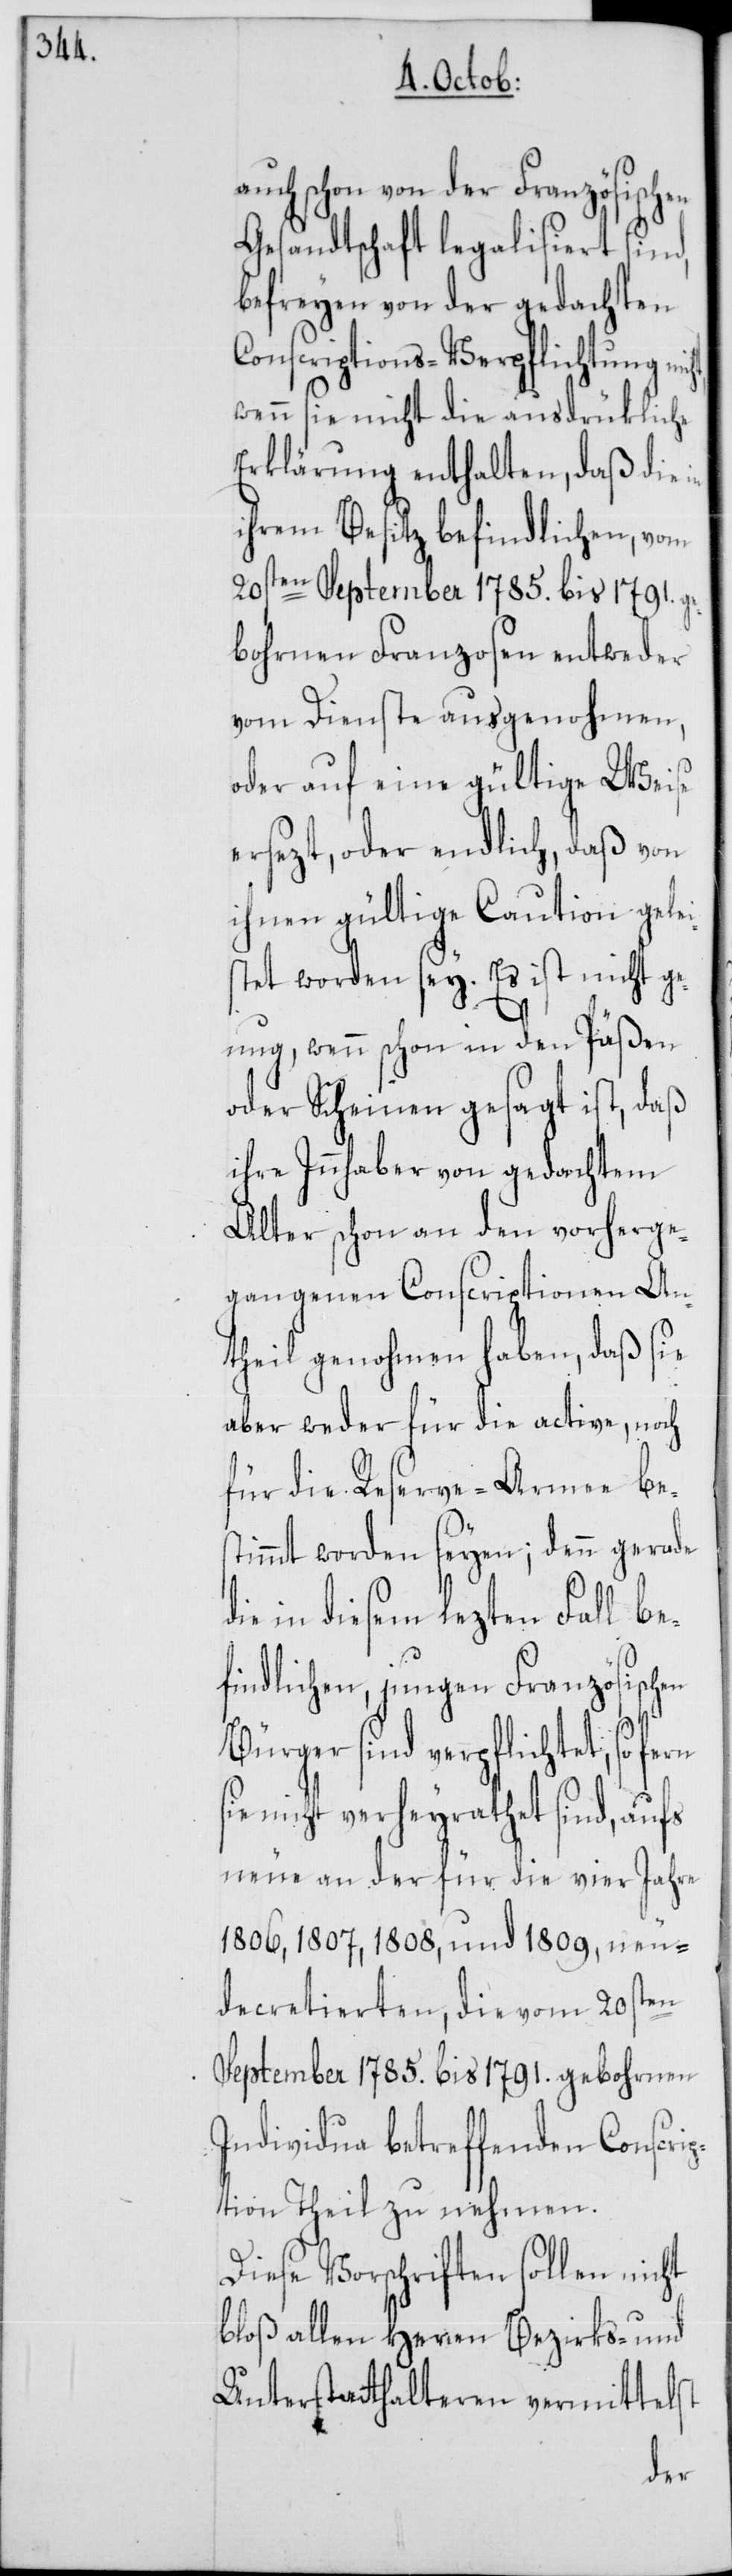
auch schon von der Französischen
Gesandtschaft legalisiert sind,
befreyen von der gedachten
Conscriptions-Verpflichtung
wenn sie nicht die ausdrükliche
Erklärung enthalten, daß die in
ihrem Besitz befindlichen, vom
20sten September 1785. bis 1791. g¬
ebohrnen Franzosen entweder
von Dienste ausgenohmen,
oder auf eine gültige Weise
ersezt, oder endlich, daß von
ihnen gültige Caution gelei¬
stet worden sey. Es ist nicht g¬
enug, wenn schon in den Päßen
oder Scheinen gesagt ist, daß
ihre Innhaber von gedachtem
Alter schon an den vorherge¬
gangenen Conscriptionen An¬
theil genohmen haben, daß sie
aber weder für die active, noch
für die Reserve-Armee bes¬
timmt worden seyen; denn gerade
die in diesem lezten Fall be¬
findlichen jungen Französischen
Bürger sind verpflichtet, so
nicht verheyrathet sind, aufs
neue an der für die vier Jahre
1806, 1807, 1808, und 1809, neu
decretierten, die vom 20sten
September 1785. bis 1791. gebohrnen
Individua betreffenden Conscri¬
ption Theil zu nehmen.
Diese Vorschriften sollen nicht
bloß allen Herren Bezirks- und
Unterstatthalteren vermittelst